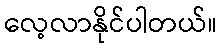
လေ့လာနိုင်ပါတယ်။